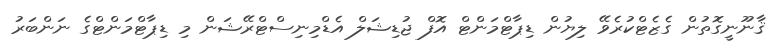
ޤާނޫނީގޮތުން ގެޒެޓްކުރެވޭ ލިޔުން ޑިޕާޓްމަންޓް އޮފް ޖުޑިޝަލް އެޑްމިނިސްޓްރޭޝަން މި ޑިޕާޓްމަންޓްގެ ނަންބަރު